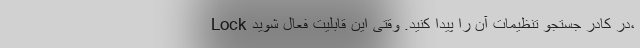
Lock در کادر جستجو تنظیمات آن را پیدا کنید. وقتی این قابلیت فعال شوید،